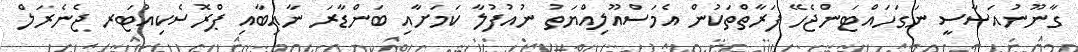
ގާނޫނުއަސާސީ ނަގަހައްޓަންޖެހޭ ފަރާތްތަކުން އެމަސްއޫލިއްޔަތު ނުއުފުލާ ކަމަށާއި ބަންޑާރަ ނާއިބާއި ޕްރޮސެކިއުޓަރ ޖެނެރަލް